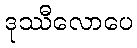
ဒုဿီလောပေ